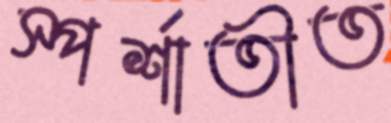
স্পর্শাতীত